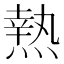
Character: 𤍠